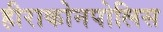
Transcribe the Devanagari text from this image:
हीराकोनपोलिस